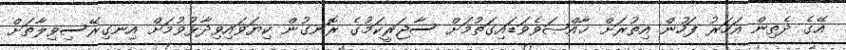
އޭގެ ދެތިން އަހަރު ފަހުން އިތުރަށް ޚާއްޞަވެވަޑައިގަތުމަށް ސާޖަރީކަމުގެ ރޮނގުން ކިޔަވައިވިދާޅުވުމަށް އިނގިރޭސިވިލާތަށް